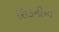
સિડનીના